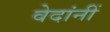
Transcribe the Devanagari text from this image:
वेदांनीं